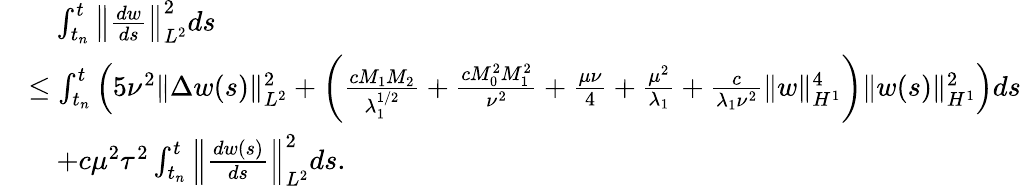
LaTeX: \begin{array}{rl}&{\quad\int_{t_{n}}^{t}\left\Vert\frac{dw}{ds}\right\Vert_{L^{2}}^{2}ds}\\ &{\leq\int_{t_{n}}^{t}\Big(5\nu^{2}\| \Delta w(s)\| _{L^{2}}^{2}+\left(\frac{cM_{1}M_{2}}{\lambda_{1}^{1/2}}+\frac{cM_{0}^{2}M_{1}^{2}}{\nu^{2}}+\frac{\mu\nu}{4}+\frac{\mu^{2}}{\lambda_{1}}+\frac{c}{\lambda_{1}\nu^{2}}\| w\| _{H^{1}}^{4}\right)\| w(s)\| _{H^{1}}^{2}\Big)ds}\\ &{\quad+c\mu^{2}\tau^{2}\int_{t_{n}}^{t}\left\| \frac{dw(s)}{ds}\right\| _{L^{2}}^{2}ds.}\end{array}